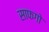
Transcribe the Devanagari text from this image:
साफगो